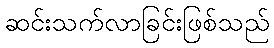
ဆင်းသက်လာခြင်းဖြစ်သည်